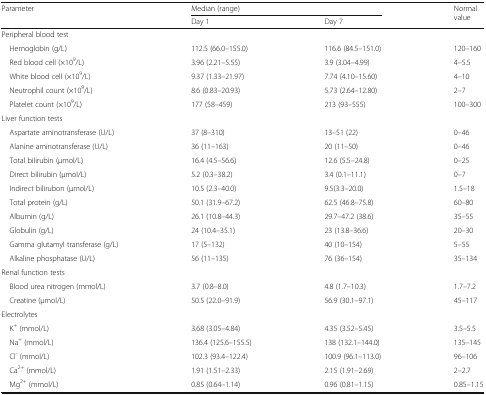
<table><thead><tr><td rowspan="2"><b>Parameter</b></td><td colspan="2"><b>Median (range)</b></td><td rowspan="2"><b>Normal value</b></td></tr><tr><td><b>Day 1</b></td><td><b>Day 7</b></td></tr></thead><tbody><tr><td colspan="4">Peripheral blood test</td></tr><tr><td> Hemoglobin (g/L)</td><td>112.5 (66.0–155.0)</td><td>116.6 (84.5–151.0)</td><td>120–160</td></tr><tr><td> Red blood cell (×10<sup>9</sup>/L)</td><td>3.96 (2.21–5.55)</td><td>3.9 (3.04–4.99)</td><td>4–5.5</td></tr><tr><td> White blood cell (×10<sup>9</sup>/L)</td><td>9.37 (1.33–21.97)</td><td>7.74 (4.10–15.60)</td><td>4–10</td></tr><tr><td> Neutrophil count (×10<sup>9</sup>/L)</td><td>8.6 (0.83–20.93)</td><td>5.73 (2.64–12.80)</td><td>2–7</td></tr><tr><td> Platelet count (×10<sup>9</sup>/L)</td><td>177 (58–459)</td><td>213 (93–555)</td><td>100–300</td></tr><tr><td colspan="4">Liver function tests</td></tr><tr><td> Aspartate aminotransferase (U/L)</td><td>37 (8–310)</td><td>13–51 (22)</td><td>0–46</td></tr><tr><td> Alanine aminotransferase (U/L)</td><td>36 (11–163)</td><td>20 (11–50)</td><td>0–46</td></tr><tr><td> Total bilirubin (μmol/L)</td><td>16.4 (4.5–56.6)</td><td>12.6 (5.5–24.8)</td><td>0–25</td></tr><tr><td> Direct bilirubin (μmol/L)</td><td>5.2 (0.3–38.2)</td><td>3.4 (0.1–11.1)</td><td>0–7</td></tr><tr><td> Indirect bilirubon (μmol/L)</td><td>10.5 (2.3–40.0)</td><td>9.5(3.3–20.0)</td><td>1.5–18</td></tr><tr><td> Total protein (g/L)</td><td>50.1 (31.9–67.2)</td><td>62.5 (46.8–75.8)</td><td>60–80</td></tr><tr><td> Albumin (g/L)</td><td>26.1 (10.8–44.3)</td><td>29.7–47.2 (38.6)</td><td>35–55</td></tr><tr><td> Globulin (g/L)</td><td>24 (10.4–35.1)</td><td>23 (13.8–36.6)</td><td>20–30</td></tr><tr><td> Gamma glutamyl transferase (g/L)</td><td>17 (5–132)</td><td>40 (10–154)</td><td>5–55</td></tr><tr><td> Alkaline phosphatase (U/L)</td><td>56 (11–135)</td><td>76 (36–154)</td><td>35–134</td></tr><tr><td colspan="4">Renal function tests</td></tr><tr><td> Blood urea nitrogen (mmol/L)</td><td>3.7 (0.8–8.0)</td><td>4.8 (1.7–10.3)</td><td>1.7–7.2</td></tr><tr><td> Creatine (μmol/L)</td><td>50.5 (22.0–91.9)</td><td>56.9 (30.1–97.1)</td><td>45–117</td></tr><tr><td colspan="4">Electrolytes</td></tr><tr><td> K<sup>+</sup> (mmol/L)</td><td>3.68 (3.05–4.84)</td><td>4.35 (3.52–5.45)</td><td>3.5–5.5</td></tr><tr><td> Na<sup>+</sup> (mmol/L)</td><td>136.4 (125.6–155.5)</td><td>138 (132.1–144.0)</td><td>135–145</td></tr><tr><td> Cl<sup>-</sup> (mmol/L)</td><td>102.3 (93.4–122.4)</td><td>100.9 (96.1–113.0)</td><td>96–106</td></tr><tr><td> Ca<sup>2+</sup> (mmol/L)</td><td>1.91 (1.51–2.33)</td><td>2.15 (1.91–2.69)</td><td>2–2.7</td></tr><tr><td> Mg<sup>2+</sup> (mmol/L)</td><td>0.85 (0.64–1.14)</td><td>0.96 (0.81–1.15)</td><td>0.85–1.15</td></tr></tbody></table>